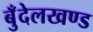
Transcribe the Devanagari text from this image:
बुँदेलखण्ड